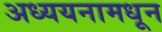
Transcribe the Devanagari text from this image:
अध्ययनामधून